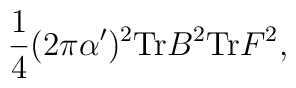
\frac{1}{4} (2 \pi \alpha')^2 {\rm Tr} B^2 {\rm Tr} F^2,